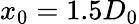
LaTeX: x_{0}=1.5D_{0}